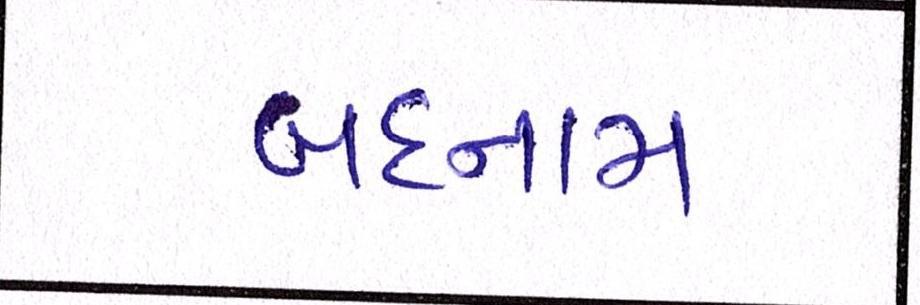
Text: બદનામ